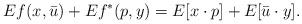
LaTeX: \begin{align*}Ef(x,\bar u)+Ef^*(p,y)=E[x\cdot p]+E[\bar u\cdot y].\end{align*}